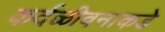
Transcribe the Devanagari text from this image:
कर्दळीवनाकडे